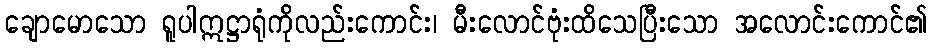
ချောမောသော ရူပါဣဋ္ဌာရုံကိုလည်းကောင်း၊ မီးလောင်ဗုံးထိသေပြီးသော အလောင်းကောင်၏